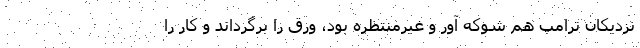
نزدیکان ترامپ هم شوکه آور و غیرمنتظره بود، ورق را برگرداند و کار را